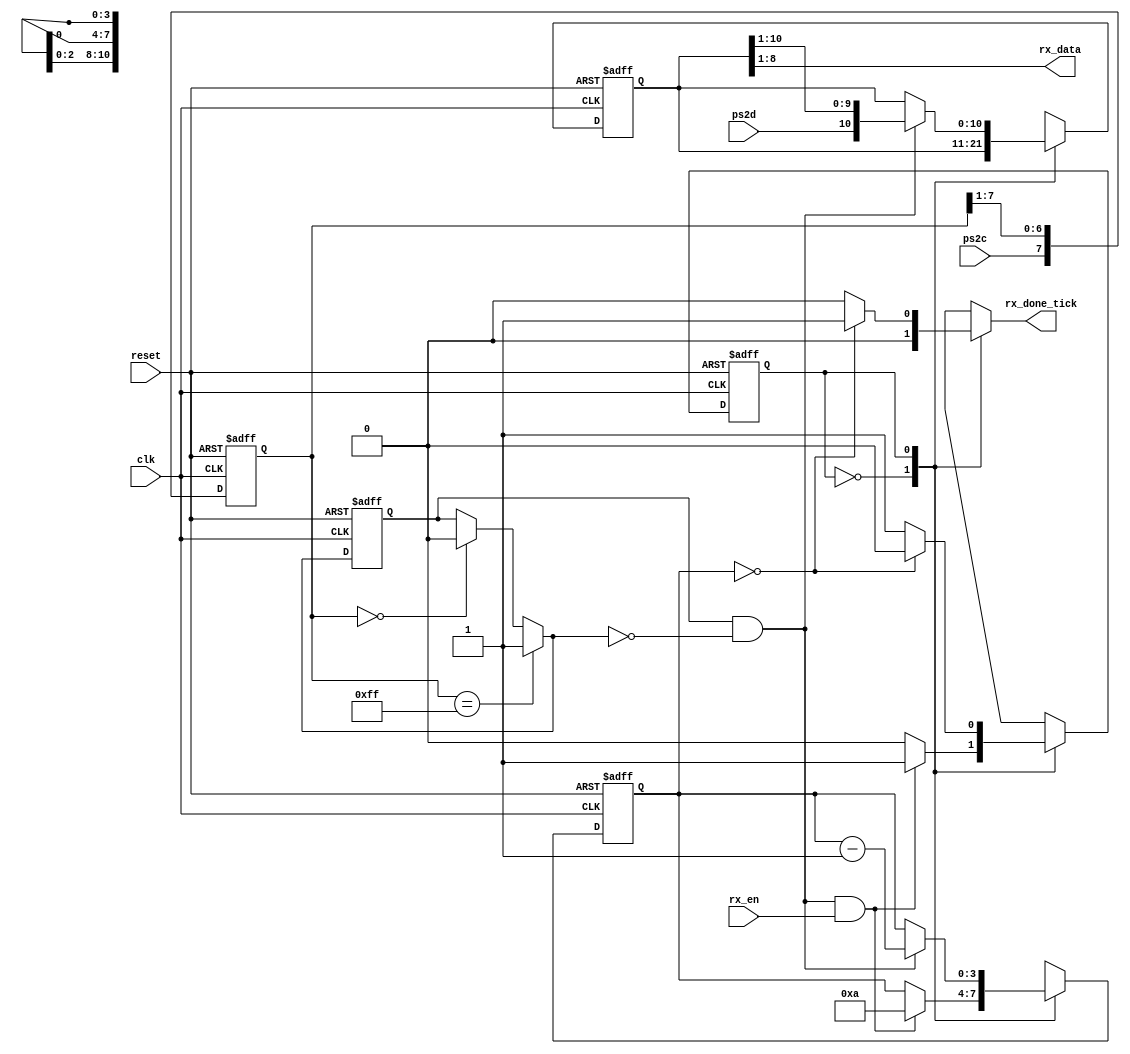
// This program was cloned from: https://github.com/chicken8848/RISKY
// License: MIT License

module ps2_rx
  (
    input wire clk, reset,
    input wire ps2d, ps2c, rx_en,    // ps2 data and clock inputs, receive enable input
    output reg rx_done_tick,         // ps2 receive done tick
    output wire [7:0] rx_data        // data received
  );
  
  // FSMD state declaration
  localparam
  idle = 1'b0,
    rx   = 1'b1;
  
  // internal signal declaration
  reg state_reg, state_next;          // FSMD state register
  reg [7:0] filter_reg;               // shift register filter for ps2c
  wire [7:0] filter_next;             // next state value of ps2c filter register
  reg f_val_reg;                      // reg for ps2c filter value, either 1 or 0
  wire f_val_next;                    // next state for ps2c filter value
  reg [3:0] n_reg, n_next;            // register to keep track of bit number
  reg [10:0] d_reg, d_next;           // register to shift in rx data
  wire neg_edge;                      // negative edge of ps2c clock filter value
  
  // register for ps2c filter register and filter value
  always @(posedge clk, posedge reset)
    if (reset)
      begin
      filter_reg <= 0;
      f_val_reg  <= 0;
    end
    else
      begin
      filter_reg <= filter_next;
      f_val_reg  <= f_val_next;
    end
  
  // next state value of ps2c filter: right shift in current ps2c value to register
  assign filter_next = {ps2c, filter_reg[7:1]};
  
  // filter value next state, 1 if all bits are 1, 0 if all bits are 0, else no change
  assign f_val_next = (filter_reg == 8'b11111111) ? 1'b1 :
  (filter_reg == 8'b00000000) ? 1'b0 :
  f_val_reg;
  
  // negative edge of filter value: if current value is 1, and next state value is 0
  assign neg_edge = f_val_reg & ~f_val_next;
  
  // FSMD state, bit number, and data registers
  always @(posedge clk, posedge reset)
    if (reset)
      begin
      state_reg <= idle;
      n_reg <= 0;
      d_reg <= 0;
    end
    else
      begin
      state_reg <= state_next;
      n_reg <= n_next;
      d_reg <= d_next;
    end
  
  // FSMD next state logic
  always @*
  begin
    
    // defaults
    state_next = state_reg;
    rx_done_tick = 1'b0;
    n_next = n_reg;
    d_next = d_reg;
    
    case (state_reg)
      
      idle:
      if (neg_edge & rx_en)                 // start bit received
        begin
        n_next = 4'b1010;             // set bit count down to 10
        state_next = rx;              // go to rx state
      end
      
      rx:                                           // shift in 8 data, 1 parity, and 1 stop bit
      begin
        if (neg_edge)                         // if ps2c negative edge...
          begin
          d_next = {ps2d, d_reg[10:1]}; // sample ps2d, right shift into data register
          n_next = n_reg - 1;           // decrement bit count
        end
        
        if (n_reg==0)                         // after 10 bits shifted in, go to done state
          begin
          rx_done_tick = 1'b1;         // assert dat received done tick
          state_next = idle;           // go back to idle
        end
      end
    endcase
  end
  
  assign rx_data = d_reg[8:1]; // output data bits
endmodule